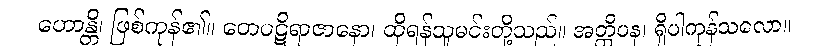
ဟောန္တိ၊ ဖြစ်ကုန်၏။ တေပဋိရာဇာနော၊ ထိုရန်သူမင်းတို့သည်။ အတ္ထိပန၊ ရှိပါကုန်သလော။